Scottish Leaving Certificate Examination, 1951
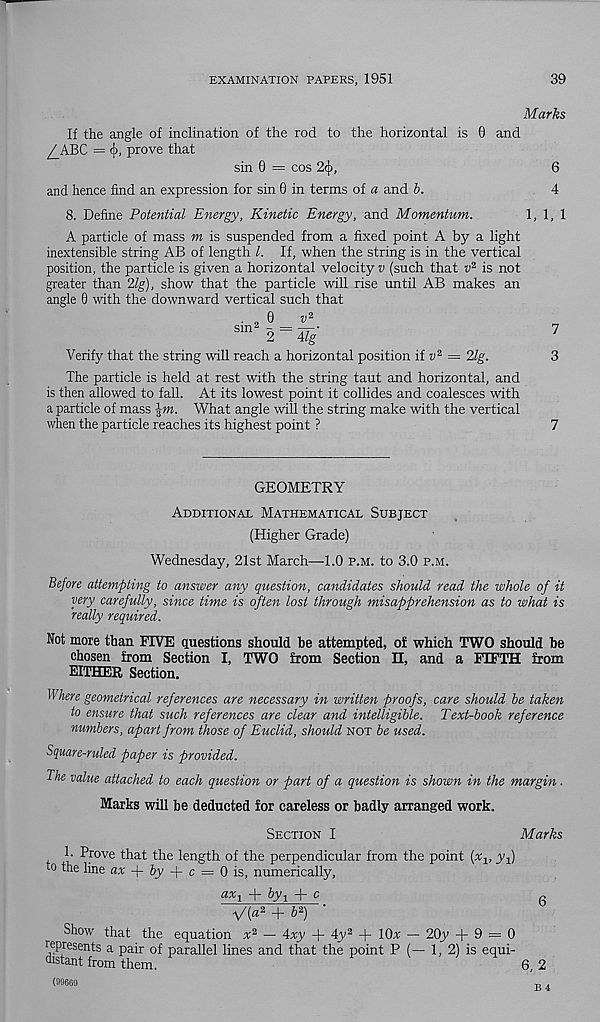
EXAMINATION PAPERS, 1951
39
Marks
If the angle of inclination of the rod to the horizontal is 0 and
/_KS>C = <j>, prove that
sin 0 = cos 2cj),
6
and hence find an expression for sin 0 in terms of a and b.
4
8. Define Potential Energy, Kinetic Energy, and Momentum.
1, 1, 1
A particle of mass m is suspended from a fixed point A by a light
inextensible string AB of length l. If, when the string is in the vertical
position, the particle is given a horizontal velocity v (such that
is not
greater than 2lg), show that the particle will rise until AB makes an
angle 0 with the downward vertical such that
0
v 2
sin z - = —•
2 Alg
Verify that the string will reach a horizontal position if u 2 = 2lg.
The particle is held at rest with the string taut and horizontal, and
is then allowed to fall. At its lowest point it collides and coalesces with
a particle of mass \m. What angle will the string make with the vertical
when the particle reaches its highest point ?
7
3
7
GEOMETRY
Additional Mathematical Subject
(Higher Grade)
Wednesday, 21st March—1.0 p.m. to 3.0 p.m.
Before attempting to answer any question, candidates should read the whole of it
very carefully, since time is often lost through misapprehension as to what is
really required.
Not more than FIVE questions should be attempted, of which TWO should be
chosen from Section I, TWO from Section II, and a FIFTH from
EITHER Section.
Where geometrical references are necessary in written proofs, care should be taken
to ensure that such references are clear and intelligible. Text-book reference
numbers, apart from those of Euclid, should not be used.
Square-ruled paper is provided.
The value attached to each question or part of a question is shown in the margin.
Marks will be deducted for careless or badly arranged work.
Section I
Marks
1. Prove that the length of the perpendicular from the point (x v yf)
to the line ax + fry + c = 0 is, numerically,
ax 1 + by 1 + c
6
V(« 2 + & 2 ) '
Show that the equation x 2 — 4xy + 4y 2 + lOx — 20y + 9 = 0
represents a pair of parallel lines and that the point P (— 1, 2) is equi-
distant from them.
6,2
(99660
.